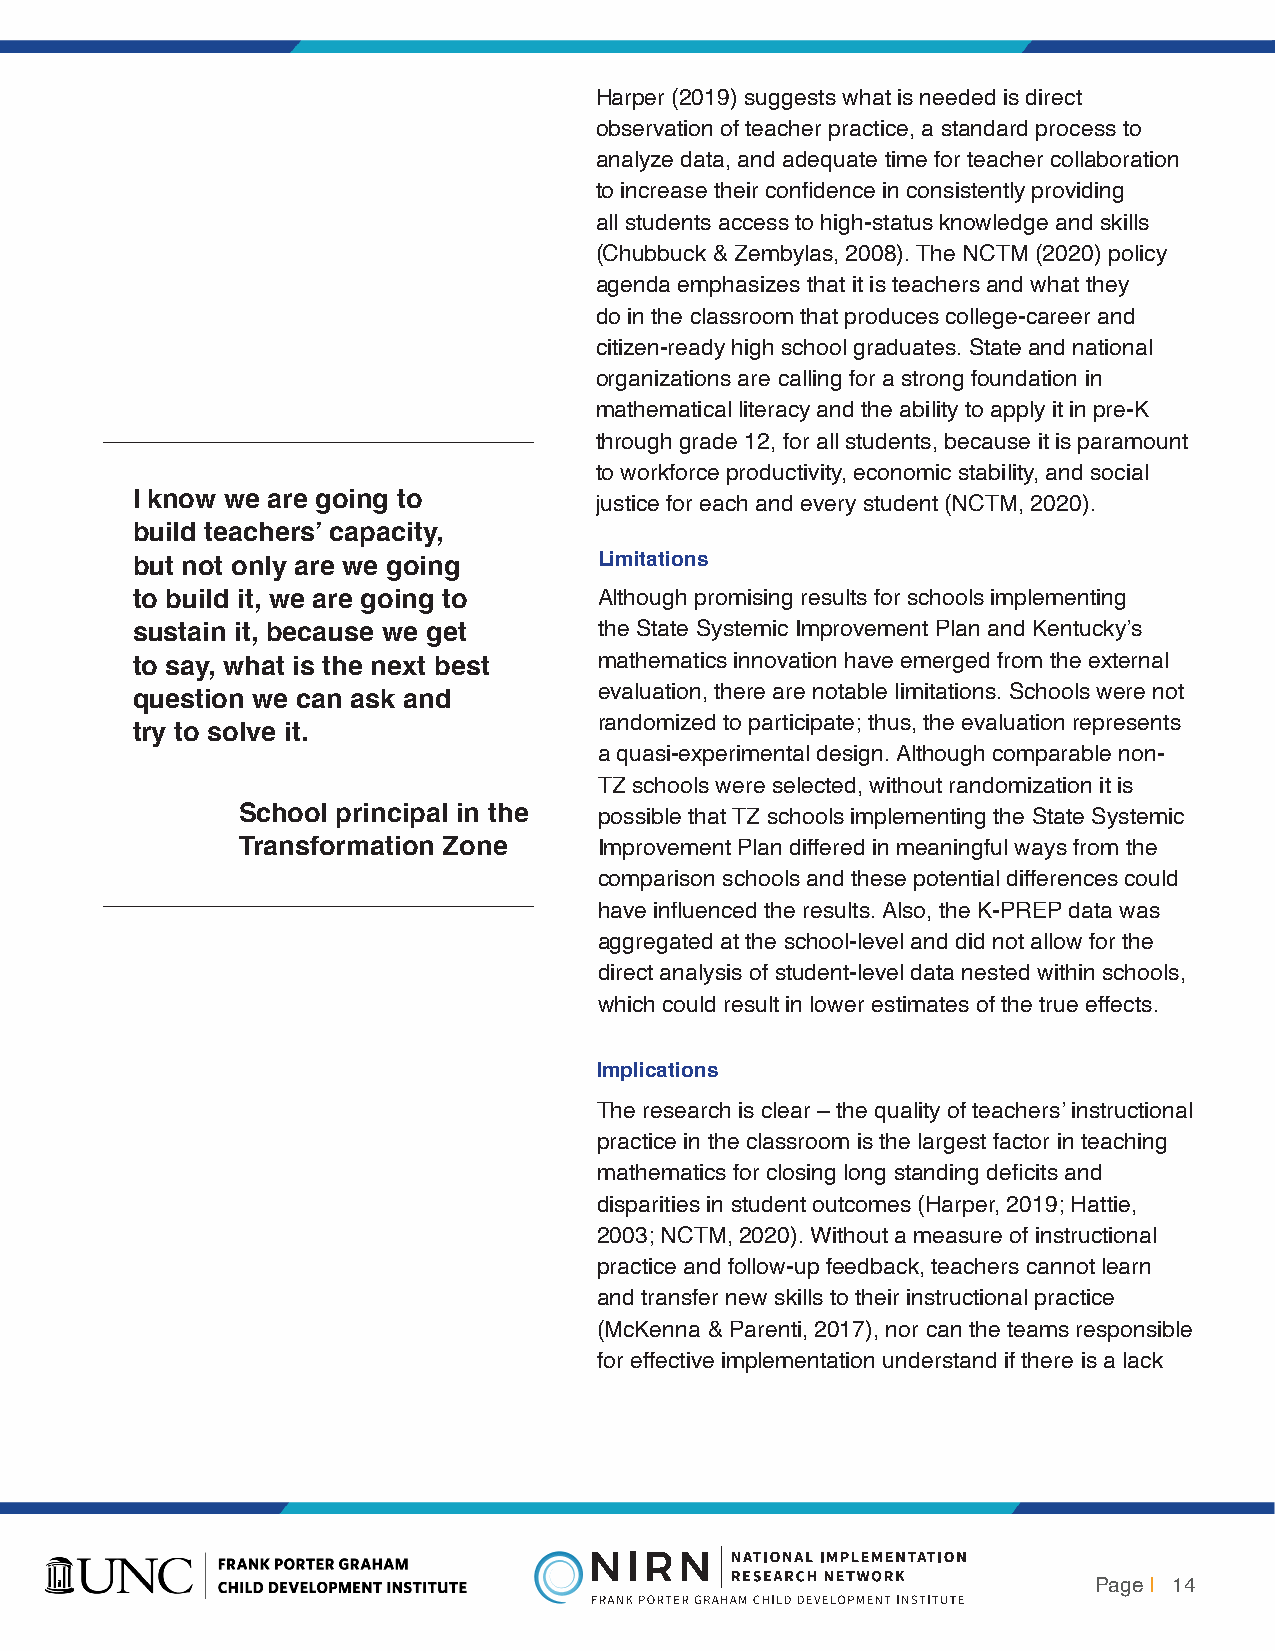
Harper (2019) suggests what is needed is direct
 observation of teacher practice, a standard process to
 analyze data, and adequate time for teacher collaboration
 to increase their confidence in consistently providing
 all students access to high-status knowledge and skills
 (Chubbuck & Zembylas, 2008). The NCTM (2020) policy
 agenda emphasizes that it is teachers and what they
 do in the classroom that produces college-career and
 citizen-ready high school graduates. State and national
 organizations are calling for a strong foundation in
 mathematical literacy and the ability to apply it in pre-K
 through grade 12, for all students, because it is paramount
 to workforce productivity, economic stability, and social
 I know we are going to        justice for each and every student (NCTM, 2020).
 build teachers’ capacity,
 but not only are we going      Limitations
 to build it, we are going to   Although promising results for schools implementing
 sustain it, because we get     the State Systemic Improvement Plan and Kentucky’s
 to say, what is the next best  mathematics innovation have emerged from the external
 evaluation, there are notable limitations. Schools were not
 question we can ask and
 randomized to participate; thus, the evaluation represents
 try to solve it.
 a quasi-experimental design. Although comparable non-
 TZ schools were selected, without randomization it is
 School principal in the possible that TZ schools implementing the State Systemic
 Transformation Zone     Improvement Plan differed in meaningful ways from the
 comparison schools and these potential differences could
 have influenced the results. Also, the K-PREP data was
 aggregated at the school-level and did not allow for the
 direct analysis of student-level data nested within schools,
 which could result in lower estimates of the true effects.
 Implications
 The research is clear – the quality of teachers’ instructional
 practice in the classroom is the largest factor in teaching
 mathematics for closing long standing deficits and
 disparities in student outcomes (Harper, 2019; Hattie,
 2003; NCTM, 2020). Without a measure of instructional
 practice and follow-up feedback, teachers cannot learn
 and transfer new skills to their instructional practice
 (McKenna & Parenti, 2017), nor can the teams responsible
 for effective implementation understand if there is a lack
 Page | 14